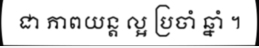
ជា ភាពយន្ត ល្អ ប្រចាំ ឆ្នាំ ។